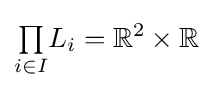
{\textstyle \prod \limits _{i\in I}}L_{i}=\mathbb {R} ^{2}\times \mathbb {R}